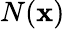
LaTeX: N(\mathbf{x})